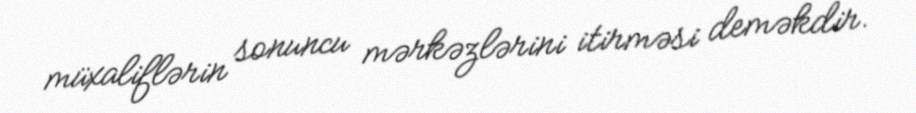
müxaliflərin sonuncu mərkəzlərini itirməsi deməkdir.